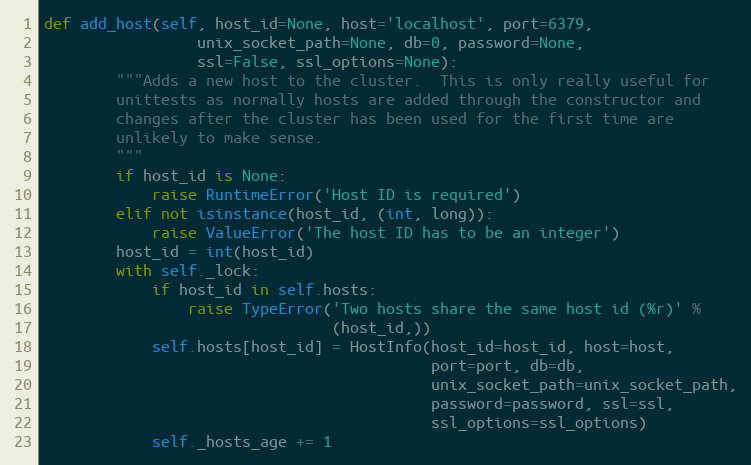
Language: Python
def add_host(self, host_id=None, host='localhost', port=6379,
                 unix_socket_path=None, db=0, password=None,
                 ssl=False, ssl_options=None):
        """Adds a new host to the cluster.  This is only really useful for
        unittests as normally hosts are added through the constructor and
        changes after the cluster has been used for the first time are
        unlikely to make sense.
        """
        if host_id is None:
            raise RuntimeError('Host ID is required')
        elif not isinstance(host_id, (int, long)):
            raise ValueError('The host ID has to be an integer')
        host_id = int(host_id)
        with self._lock:
            if host_id in self.hosts:
                raise TypeError('Two hosts share the same host id (%r)' %
                                (host_id,))
            self.hosts[host_id] = HostInfo(host_id=host_id, host=host,
                                           port=port, db=db,
                                           unix_socket_path=unix_socket_path,
                                           password=password, ssl=ssl,
                                           ssl_options=ssl_options)
            self._hosts_age += 1